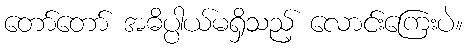
တော်တော် အဓိပ္ပါယ်မရှိသည့် လောင်းကြေးပဲ။